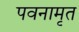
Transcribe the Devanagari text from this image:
पवनामृत